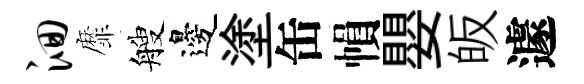
洄靡艘邊塗缶𢄙嬰皈遽